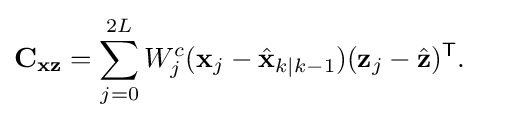
{\begin{aligned}\mathbf {C_{xz}} &=\sum _{j=0}^{2L}W_{j}^{c}(\mathbf {x} _{j}-{\hat {\mathbf {x} }}_{k|k-1})(\mathbf {z} _{j}-{\hat {\mathbf {z} }})^{\textsf {T}}.\end{aligned}}